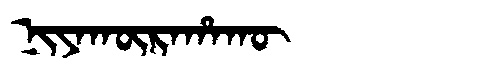
Manchu: ᠨᡳᠶᠠᡴᡡᡵᠠᡥᠠᡴᡡ
Romanization: NIYAKŪRAHAKŪ